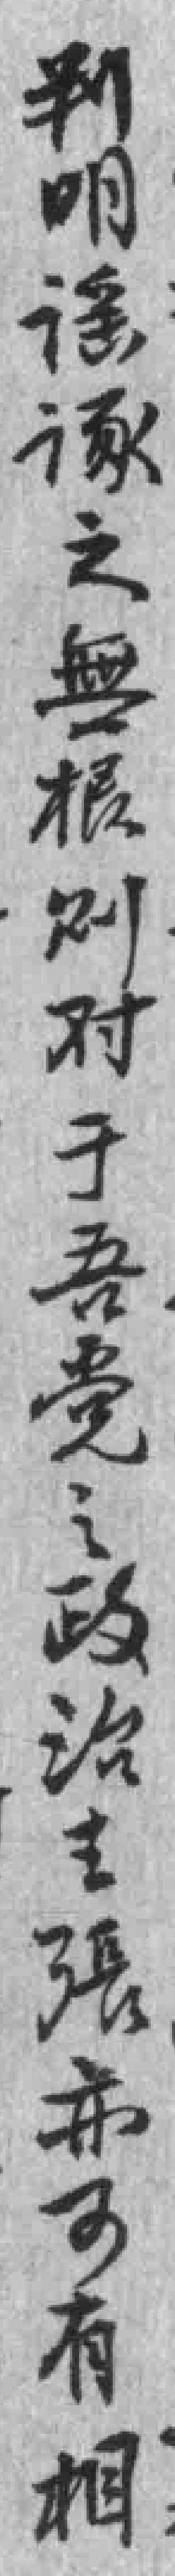
判明谣涿之無根则对于吾党之政治主張亦可有相